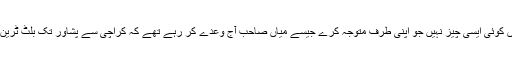
تحریک انصاف کا منشور بہت اچھا ہے لیکن اس میں کوئی ایسی چیز نہیں جو اپنی طرف متوجہ کرے جیسے میاں صاحب آج وعدے کر رہے تھے کہ کراچی سے پشاور تک بلٹ ٹرین چلائیں گے – آپ نے ایسی کوئی چیز نہیں رکھی ؟